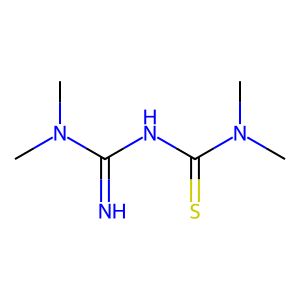
SMILES: CN(C)C(=N)NC(=S)N(C)C
Inhibits HIV replication: No